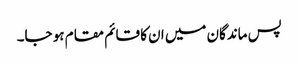
پس ماندگان میں ان کا قائم مقام ہو جا۔